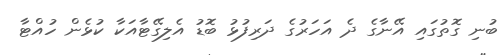
ބުނި ގޮތުގައި އޭނާގެ ދެ އަހަރުގެ ދަރިފުޅު ބޮޑު އެލިގޭޓާއަކާ ކުޅެން ހުއްޓާ